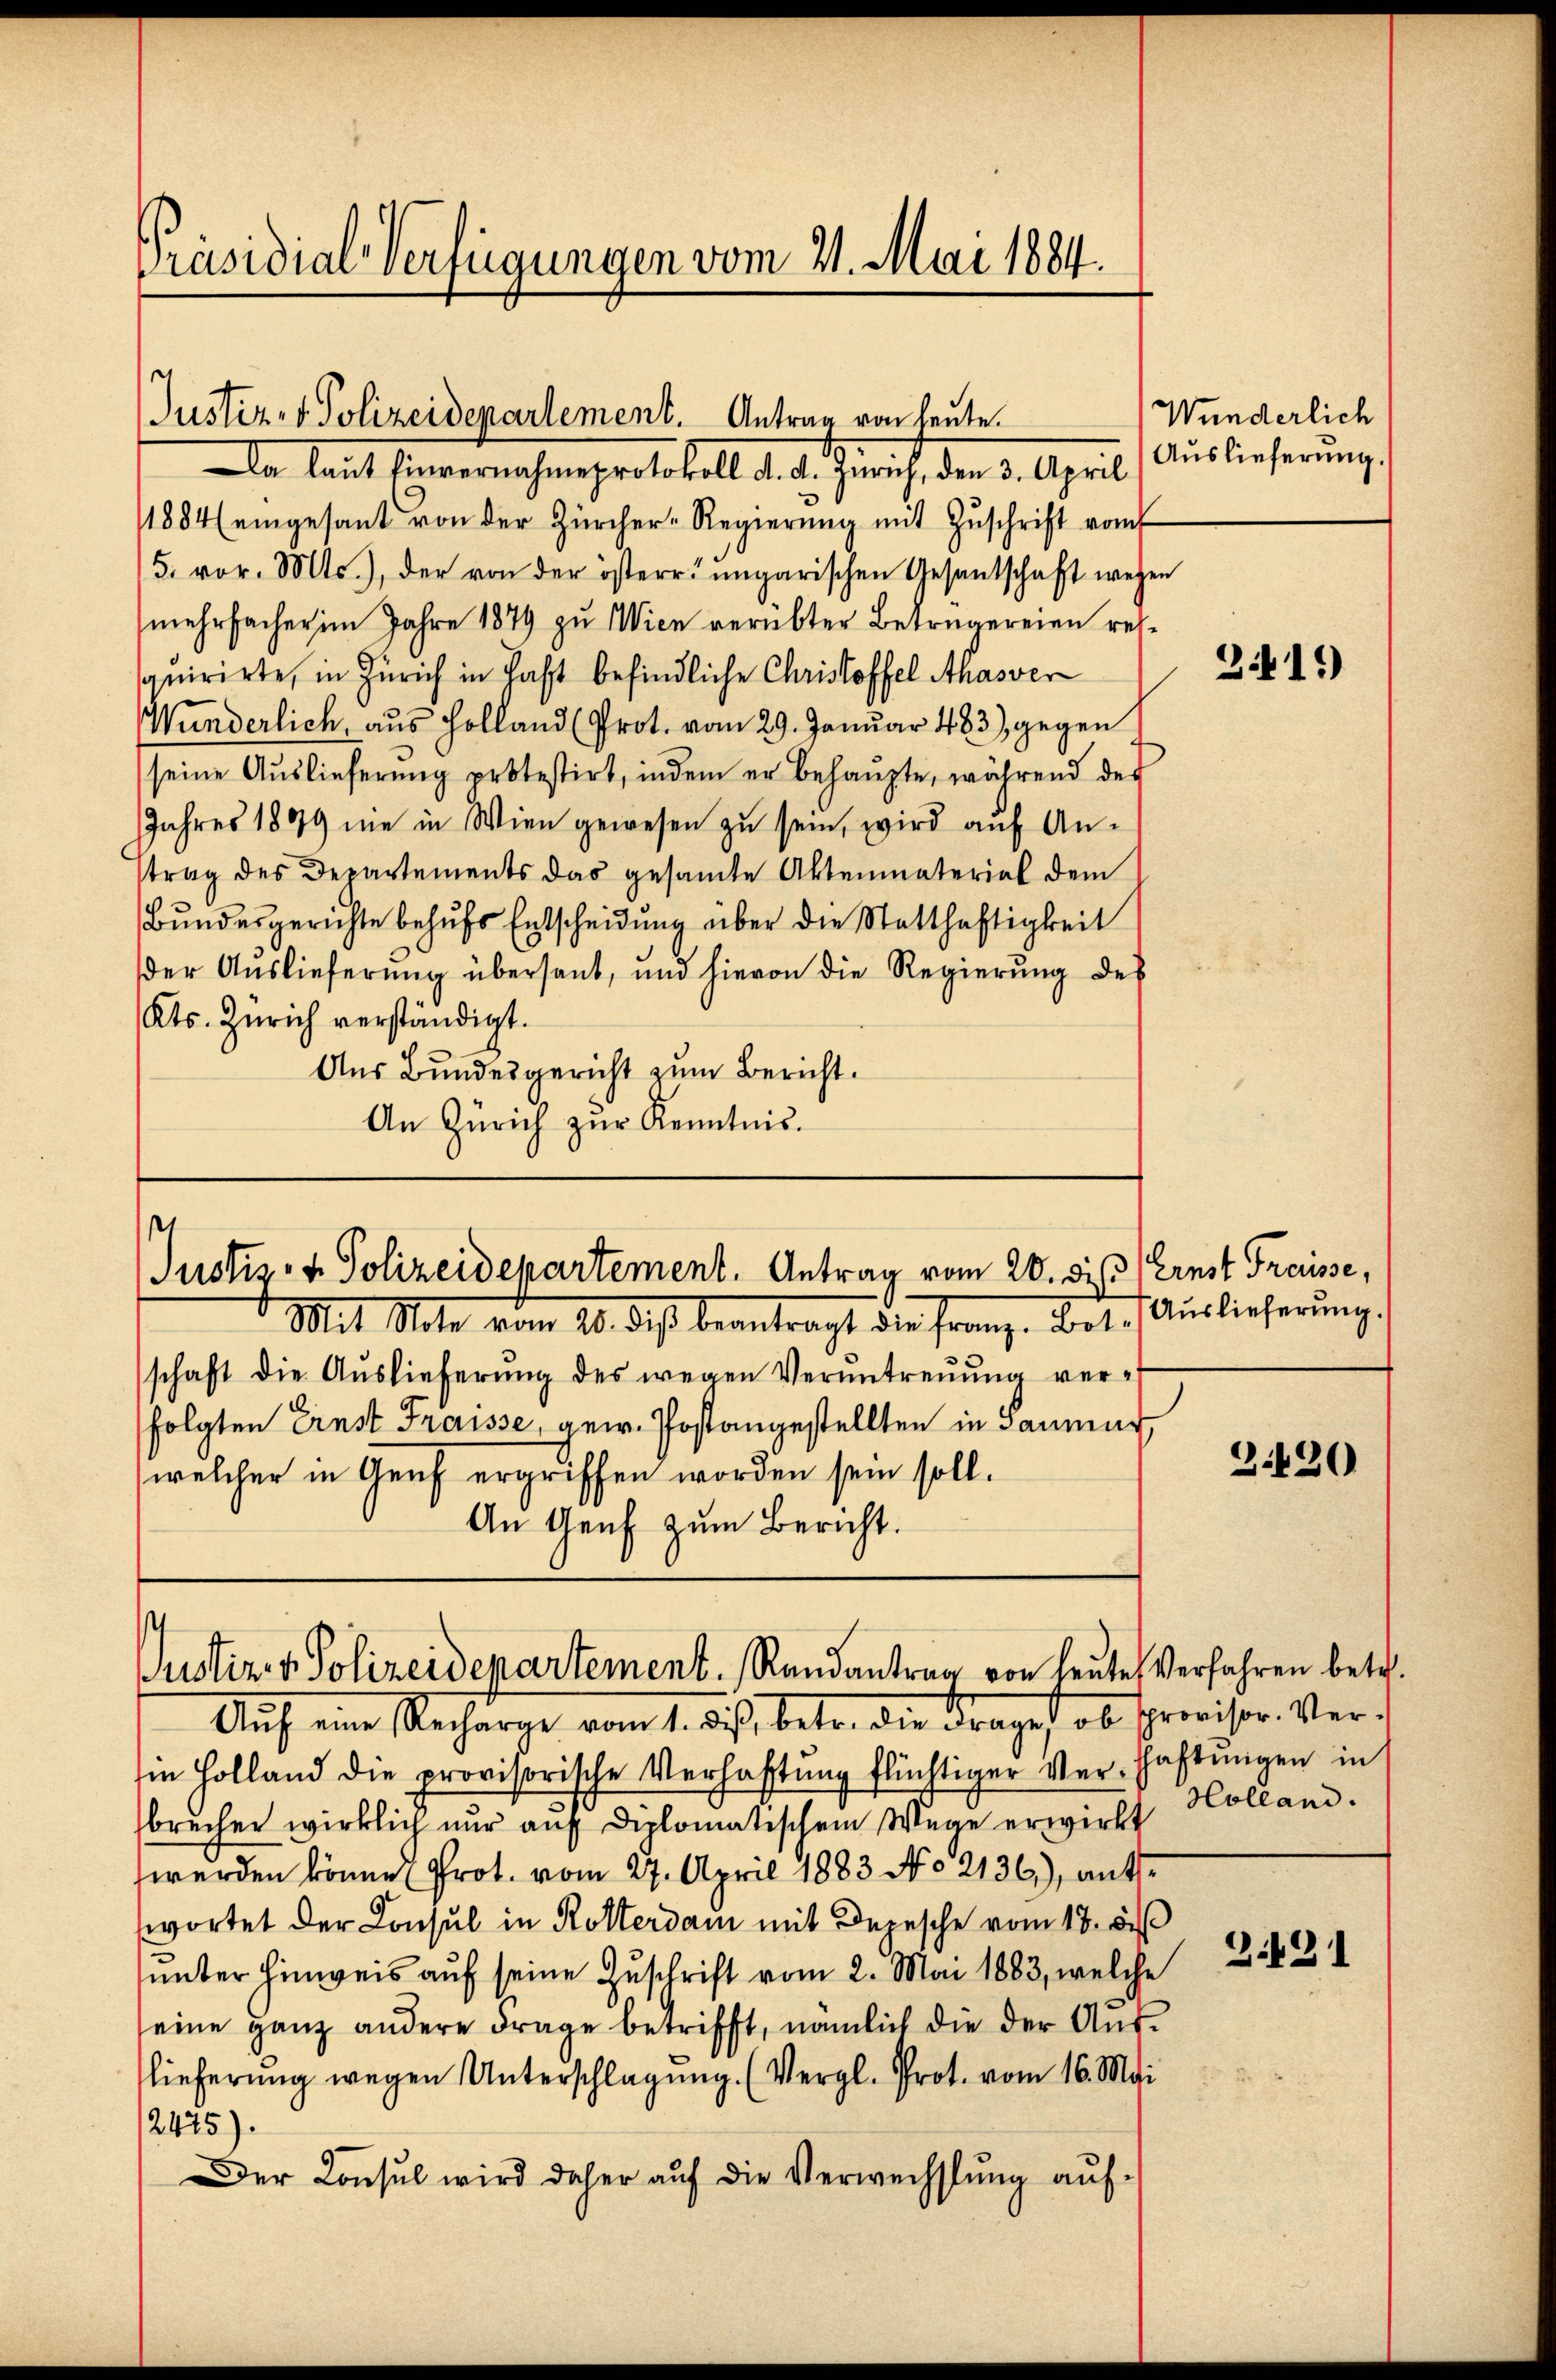
Präsidial-Verfügungen vom 21. Mai 1884.

Justiz- & Polizeidepartement. Antrag von heute.

Da laut Einvernahme protokoll d. J. Zürich den 3. April
1884 eingesant von der Zürcher-Regierŭng mit Zŭschrift vom
5. vor. Mts., der von der österr. ungarischen Gesantschaft wegen
mehrfacher im Jahre 1879 zu Wien verübter Betrügereien retquirirte, in Zürich in Hast befindliche Christoffel Ahasver
Wunderlich, aus Holland (Prot. vom 29. Januar 483) gegen
seine Auslieferung protestirt, indem er behaupte, während der
Jahres 1899 nie in Wien gewesen zŭ sein, wird auf An-
trag des Departements das gesamte Aktenmaterial dem
Bŭndesgerichte behŭfs Entscheidŭng über die Statthaftigkeit
der Auslieferung übersant, und hievon die Regierung des
Kts. Zürich verständigt.
Aus Bundesgericht zum Bericht.
An Zürich zŭr Kenntnis.

p
Justiz- & Polizeidepartement. Antrag vom 20. dis (Ernst Freisse,

s
Justiz & Polizeidepartement. Randantrag von heute Verfahren betr.

Wunderlich
Auslieferung.

Mit Note vom 20. des beantragt die Franz. Bet. Auslieferung.
schaft die Aŭslieferŭng des wegen Veruntreŭŭng verfolgten Ernst Fraisse, gew. Postangestellten in Saumer
welcher in Genf ergriffen worden sein soll.
An Genf zum Bericht.

Aŭf eine Recharge vom 1. des, betr. die Frages ob spreiser Ver-
Im Holland die provisorische Verhaftŭng flüchtiger Ver-Haftungen in
brechen wirklich nŭr aŭf diplomatischem Wege erwirkt Holland.
werden können Prot. vom 27. April 1883 No 2136), antswortet der Consul in Kosterdam mit Depesche vom 17. Fe
unter hinweis auf seine Zuschrift vom 2. Mai 1883, welche
eine ganz andere Frage betrifft, nämlich die der Auslieferung wegen Unterschlagung. (Vergl. Prot. vom 16. Mai
12475).
Der Konsul wird daher aŭf die Verwechslung auf-

341)

3420

3.431